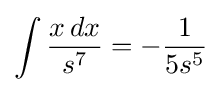
\int {\frac {x\,dx}{s^{7}}}=-{\frac {1}{5s^{5}}}